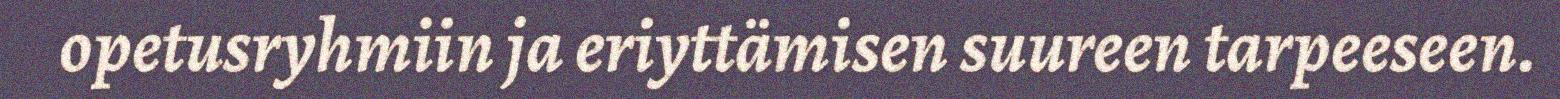
opetusryhmiin ja eriyttämisen suureen tarpeeseen.